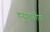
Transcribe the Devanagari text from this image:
हनुमंताबरोबर